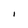
Character: I